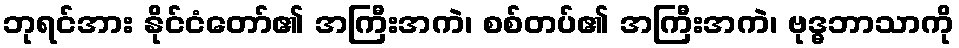
ဘုရင်အား နိုင်ငံတော်၏ အကြီးအကဲ၊ စစ်တပ်၏ အကြီးအကဲ၊ ဗုဒ္ဓဘာသာကို